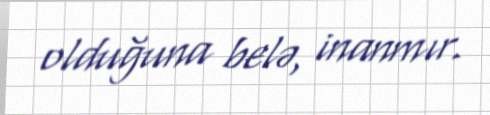
olduğuna belə, inanmır.